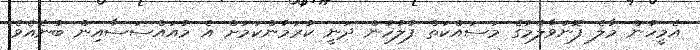
އެމީހުން މާލެ ފޮނުވާލުމުގެ މަސައްކަތް ފުލުހުން ދަނީ ކުރަމުންކަމަށް އެ މުއައްސަސާއިން ބުނެއެވެ.